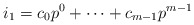
\begin{align*}i_1=c_0p^0+\cdots+c_{m-1}p^{m-1}\end{align*}